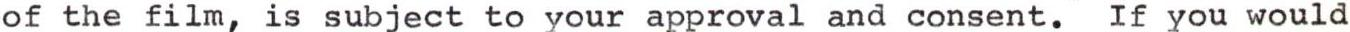
of the film, is subject to your approval and consent. If you would